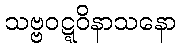
သဗ္ဗဝဋ္ဋဝိနာသနော